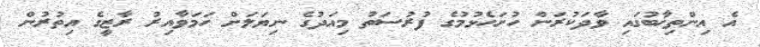
އެ އިންތިޚާބުގައި ވާދަކުރަން ހުށަހެޅުމުގެ ފުރުސަތު މިއަދުގެ ނިޔަލަށް ހަމަވާއިރު ރާޒީގެ އިތުރުން